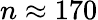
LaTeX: n\approx 170